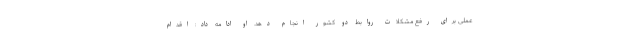
عملی برای رفع مشکلات روابط دو کشور انجام دهد. او ادامه داد: اقدام